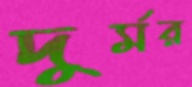
দুর্মর